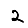
Digit: 2